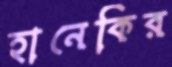
হানেকির